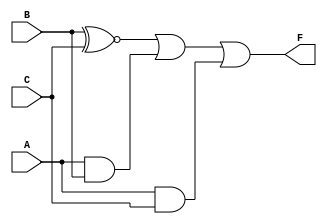
module three_variable_kmap (
    input wire A,
    input wire B,
    input wire C,
    output wire F
);

// Implement the simplified Boolean expression
assign F = (B ~^ C) | (A & B) | (A & C);

endmodule